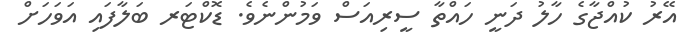
އޭރު ކުއްޖާގެ ހާލު ދަނީ ހައްތާ ސީރިއަސް ވަމުންނެވެ. ޑޮކްޓަރ ބަލާފައި އަވަހަށް